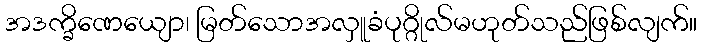
အဒက္ခိဏေယျော၊ မြတ်သောအလှူခံပုဂ္ဂိုလ်မဟုတ်သည်ဖြစ်လျက်။